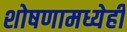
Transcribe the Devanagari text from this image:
शोषणामध्येही